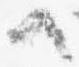
へ